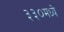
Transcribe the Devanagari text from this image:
३३०मध्ये